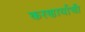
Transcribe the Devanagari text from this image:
करणार्याची